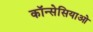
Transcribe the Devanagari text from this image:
कॉन्सेसियाओ